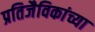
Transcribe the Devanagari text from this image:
प्रतिजैविकांच्या